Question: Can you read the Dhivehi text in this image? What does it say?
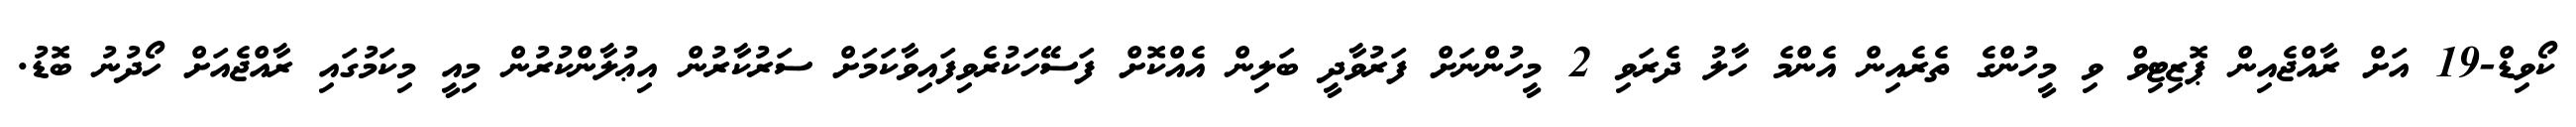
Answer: ކޯވިޑް-19 އަށް ރާއްޖެއިން ޕޮޒިޓިވް ވި މީހުންގެ ތެރެއިން އެންމެ ހާލު ދެރަވި 2 މީހުންނަށް ފަރުވާދީ ބަލިން އެއްކޮށް ފަސޭހަކުރެވިފައިވާކަމަށް ސަރުކާރުން އިޢުލާންކުރުން މިއީ މިކަމުގައި ރާއްޖެއަށް ހޯދުނު ބޮޑު.